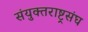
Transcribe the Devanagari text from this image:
संयुक्तराष्ट्रसंघ